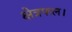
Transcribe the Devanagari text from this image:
क्षेत्रफल।